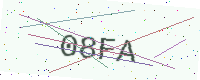
Text: 08FA